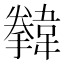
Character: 𩏗